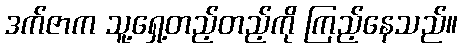
ဒက်ဇာက သူ့ရှေ့တည့်တည့်ကို ကြည့်နေသည်။